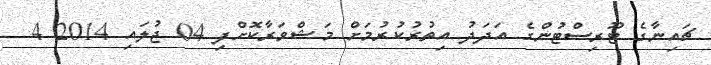
ޗައިނާގެ ޓޫރިސްޓުންގެ އަދަދު އިތުރުކުރުމަށް މަޝްވަރާކޮށްފި 04 ޖުލައި 2014 4